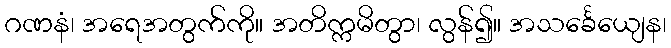
ဂဏနံ၊ အရေအတွက်ကို။ အတိက္ကမိတွာ၊ လွန်၍။ အသင်္ခေယျေန၊